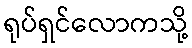
ရုပ်ရှင်လောကသို့